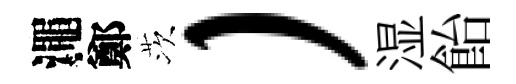
澠鄭茨）湿飴